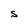
Character: S